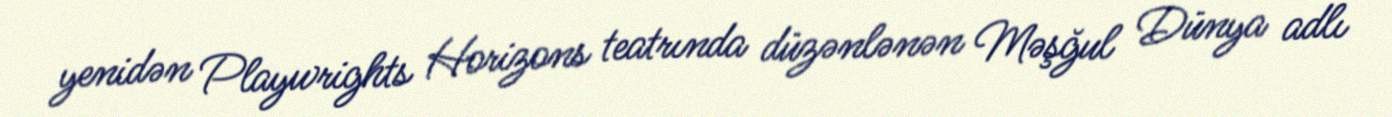
yenidən Playwrights Horizons teatrında düzənlənən Məşğul Dünya adlı